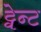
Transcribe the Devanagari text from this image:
ट्वेन्ट